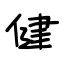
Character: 健